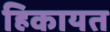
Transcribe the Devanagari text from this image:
हिकायत